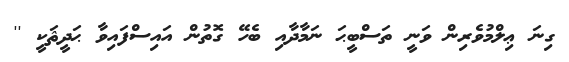
ގިނަ ޢިލްމުވެރިން ވަނީ ތަސްބީޙަ ނަމާދާއި ބެހޭ ގޮތުން އައިސްފައިވާ ޙަދީޘަކީ ''